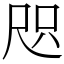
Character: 咫